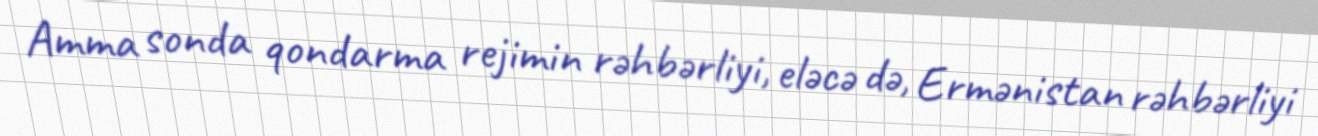
Amma sonda qondarma rejimin rəhbərliyi, eləcə də, Ermənistan rəhbərliyi